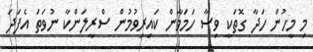
މި މީހުން ހަދާ ގޮތަކީ ވިސާ ހަމަވާން ކައިރިވުމުން ސްރީލަންކާ ނުވަތަ އެފަދަ